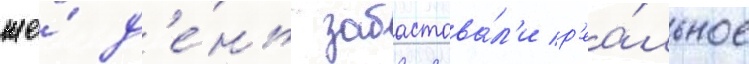
же́ д'е́нь забастова́л'и р'еа́льное